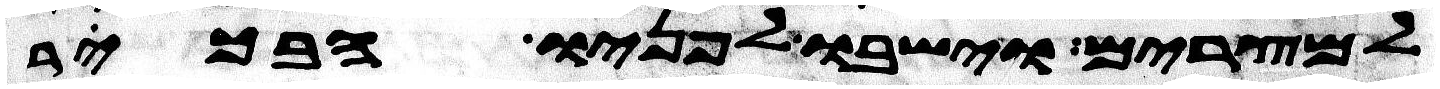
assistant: למצרים וישבו לפניו הבכור